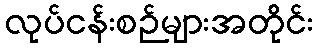
လုပ်ငန်းစဉ်များအတိုင်း